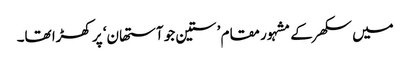
میں سکھر کے مشہور مقام ’ستین جو آستھان‘ پر کھڑا تھا۔